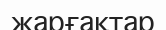
жарғақтар